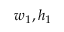
w _ { 1 } , h _ { 1 }